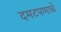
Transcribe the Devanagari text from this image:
दमटपणाचे